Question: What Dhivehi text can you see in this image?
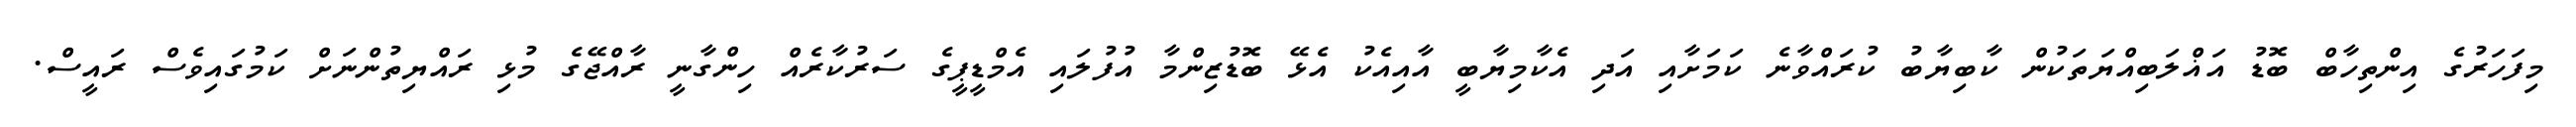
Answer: މިފަހަރުގެ އިންތިހާބް ބޮޑު އަޣްލަބިއްޔަތަކުން ކާބިޔާބު ކުރައްވާނެ ކަމަށާއި އަދި އެކާމިޔާބީ އާއިއެކު އެޅޭ ބޮޑުޒިންމާ އުފުލައި އެމްޑީޕީގެ ސަރުކާރެއް ހިންގާނީ ރާއްޖޭގެ މުޅި ރައްޔިތުންނަށް ކަމުގައިވެސް ރައީސް.